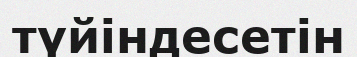
түйіндесетін